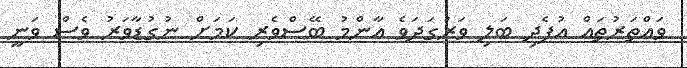
ވައްތަރުތައް އުފެދި ބަލި ވަރުގަދަވެ އާންމު ބޭސްވެރި ކަމަށް ނުގުޑާވަރު ވެސް ވަނީ